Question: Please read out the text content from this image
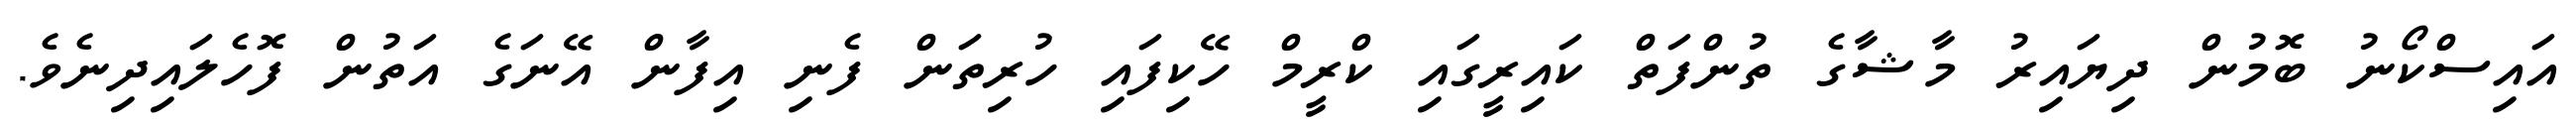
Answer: އައިސްކޯނު ބޮމުން ދިޔައިރު މާޝާގެ ތުންފަތް ކައިރީގައި ކްރީމް ހޭކިފައި ހުރިތަން ފެނި އިފާން އޭނަގެ އަތުން ފޮހެލައިދިނެވެ.